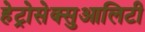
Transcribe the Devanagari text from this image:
हेट्रोसेक्सुआलिटी